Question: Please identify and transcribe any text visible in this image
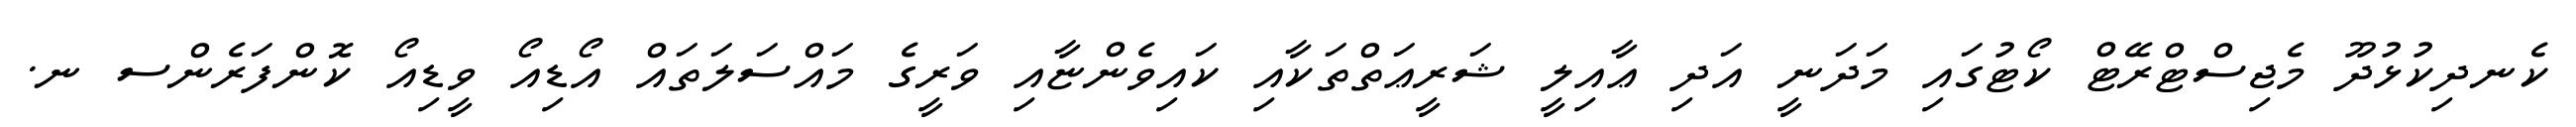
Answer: ކެނދިކުޅުދޫ މެޖިސްޓްރޭޓް ކޯޓުގައި މަދަނީ އަދި ޢާއިލީ ޝަރީޢަތްތަކާއި ކައިވެންޏާއި ވަރީގެ މައްސަލަތައް އޯޑިއޯ ވީޑިއޯ ކޮންފަރެންސ ނ.